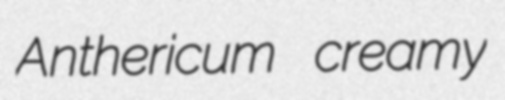
Anthericum creamy